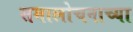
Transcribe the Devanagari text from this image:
समालोचनाच्या